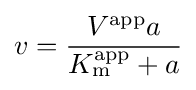
v={\frac {V^{\mathrm {app} }a}{K_{\mathrm {m} }^{\mathrm {app} }+a}}